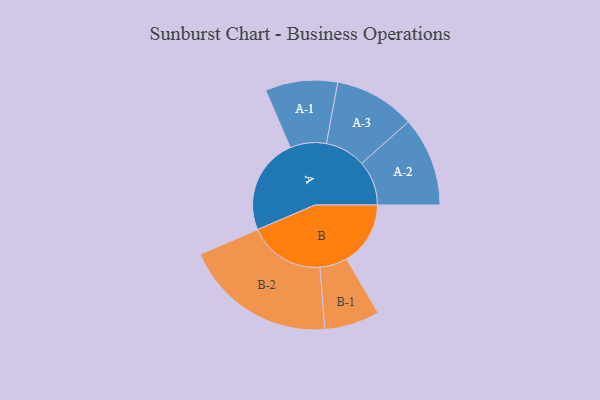
{"axis": {"x": "Segment", "y": "Value"}, "legend": ["", "A", "B"], "data": [{"x": "A", "y": 362, "type": ""}, {"x": "B", "y": 240, "type": ""}, {"x": "A-1", "y": 136, "type": "A"}, {"x": "A-2", "y": 168, "type": "A"}, {"x": "A-3", "y": 152, "type": "A"}, {"x": "B-1", "y": 104, "type": "B"}, {"x": "B-2", "y": 287, "type": "B"}]}